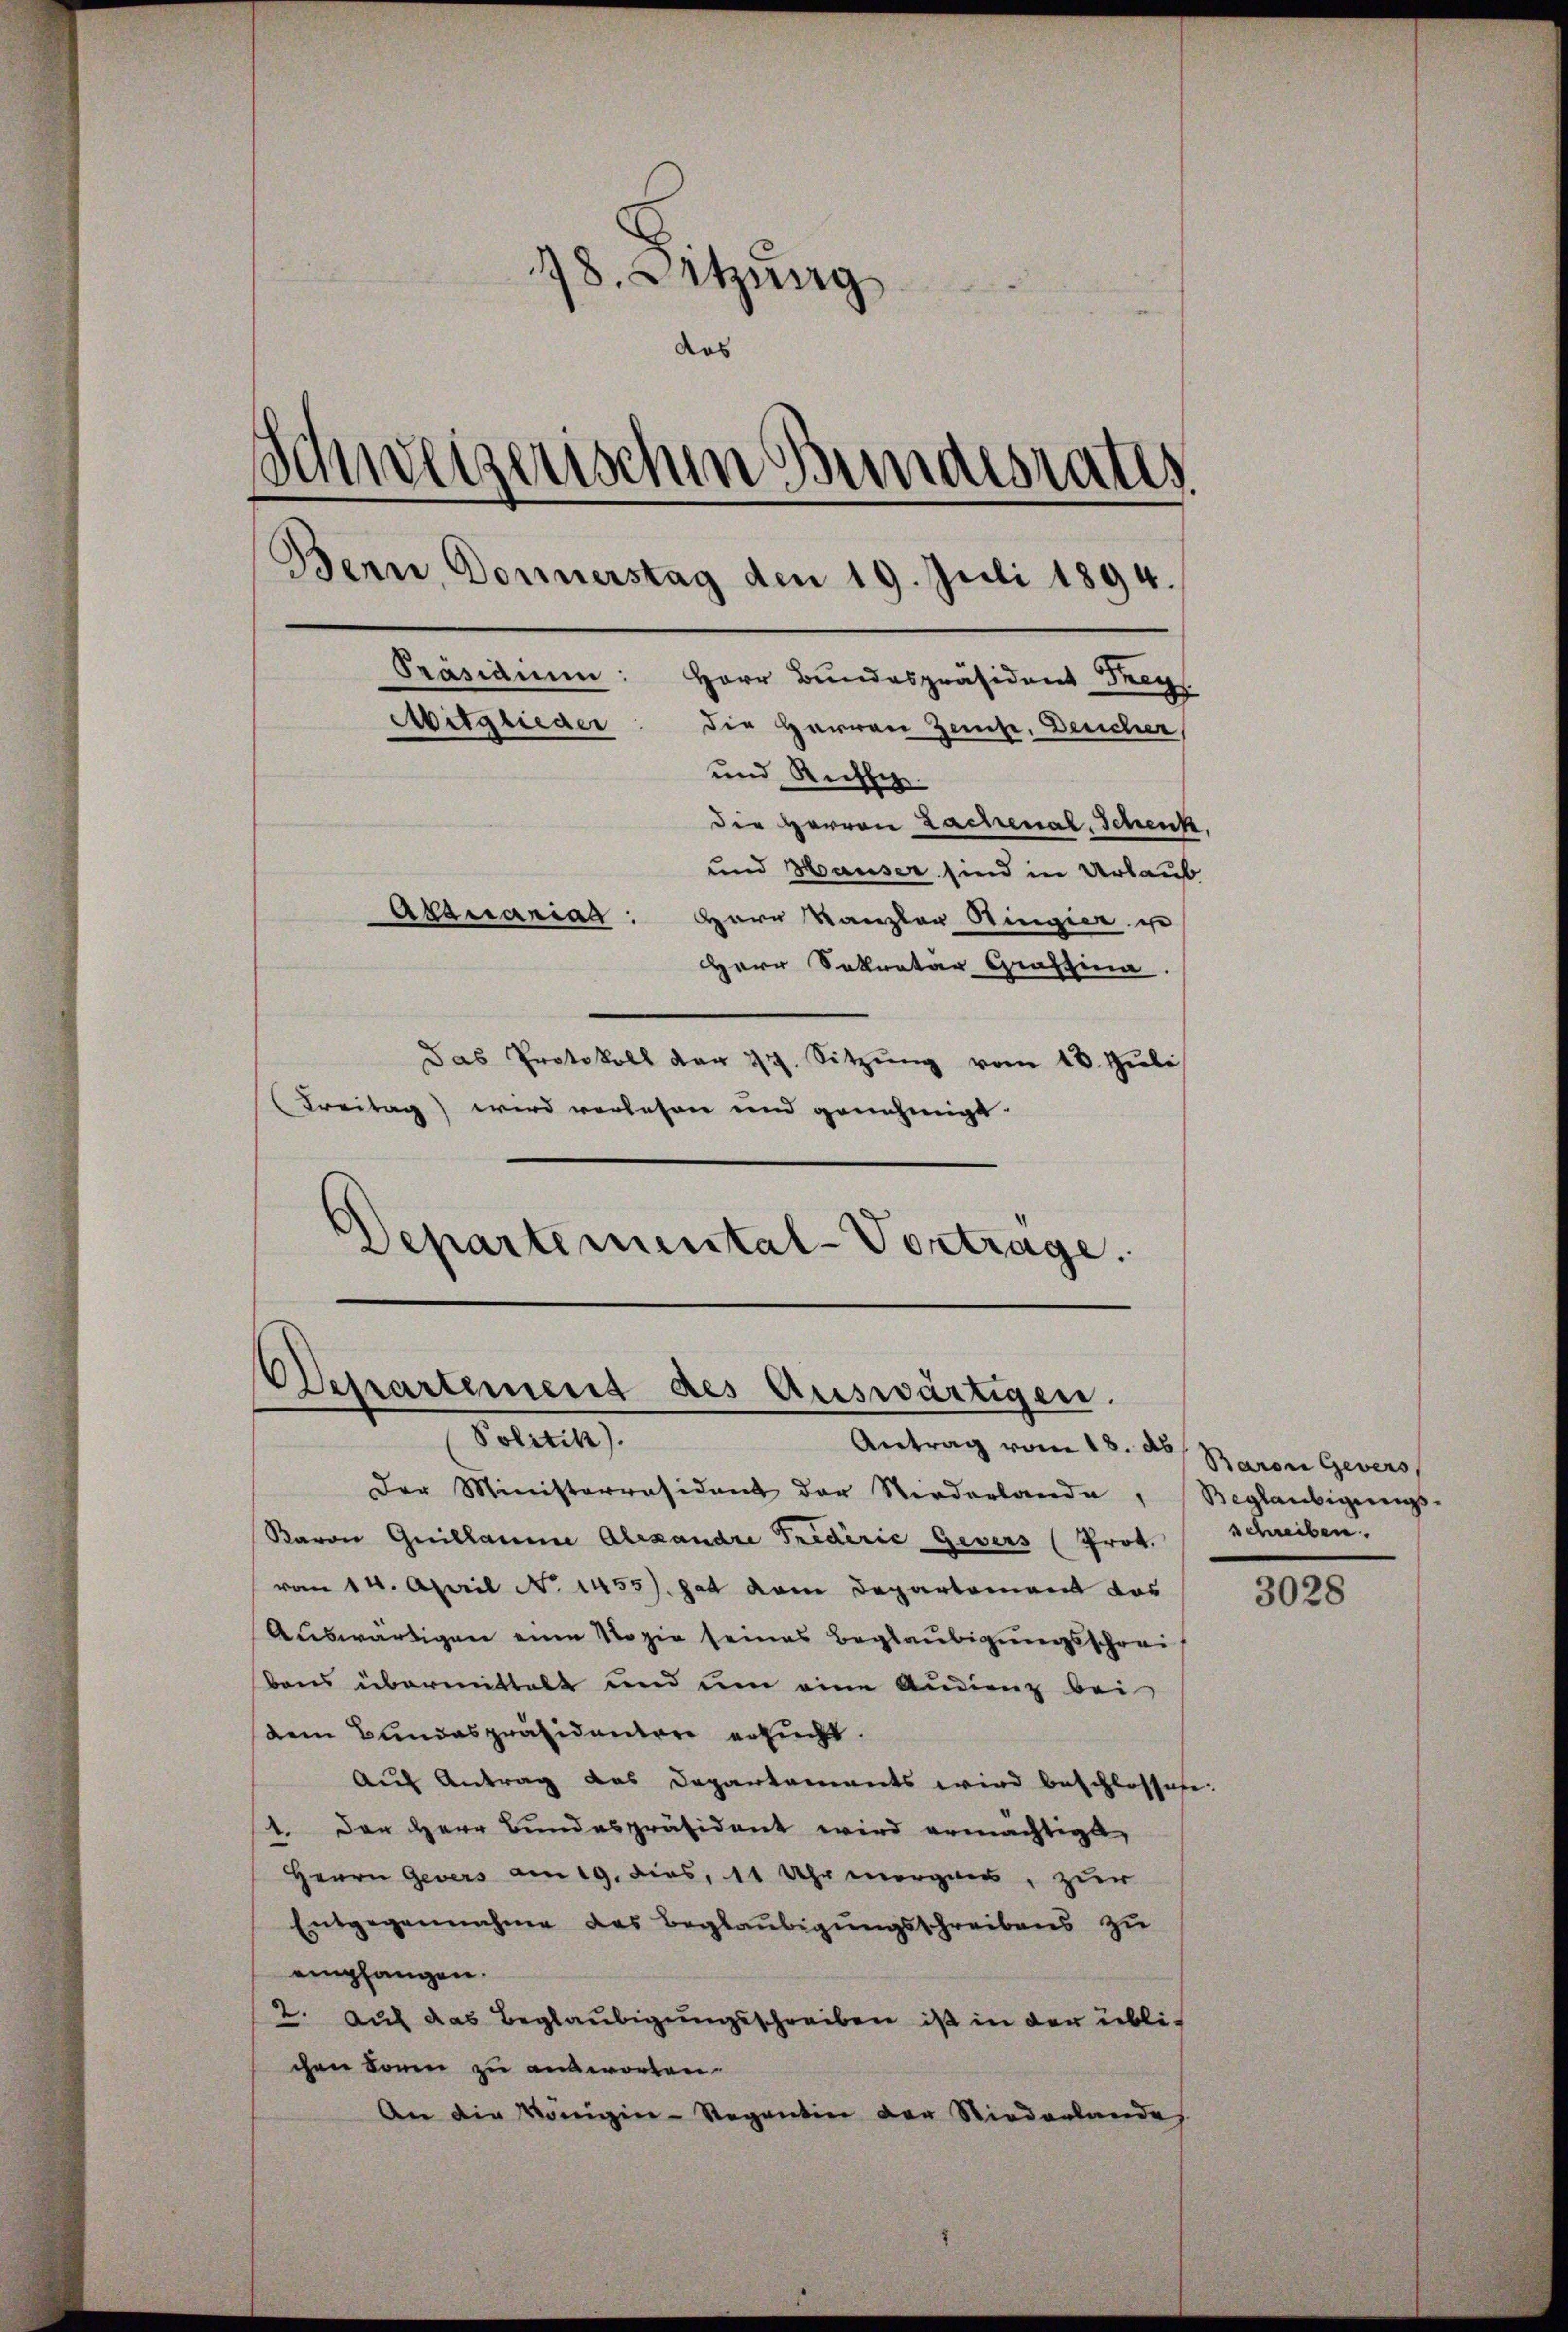
18. Sitzung
dos
s
Schweizerischen Bundesrates
.
Bern, Donnerstag den 19. Juli 1894.
Präsidium: Herr Bundespräsident Frey
Mitglieder: die Herren Zeise, Deucher,
und Richtig.
Die Herren Lachenal, Schenk.
und Hauser sind in Urlaub
Abanariaa: Herr Kanzler Ringier u
Herr Sekretar Grastina.

Das Protokoll dar 27. Sitzŭng vom 18. Jŭli
Freitag) wird vorlesen und genehmigt.
Departemental-Vortrage.

Derartement des Auswärtigen.
Politik).

Antrag vom 18. d. Baron Gevers
Der Ministerrasidant der Niederlande, Beglaubigungs-
Raron Guillaume Alexandre Fredérić Gevers (Prof. Schreiben.
vom 14. April N. 1455). Hat dem Departement das
Auswärtigen eine Vogie seines Beglaubigungsschreibens übermittelt und um eine Audienz bei
dem Bundespräsidentere ersucht.
Auf Antrag das Departaments wird beschlossese.
1. Der Herr Bundespräsident wird ermächtigt,
Herrn Gevers am 19. dies, 11 Uhr morgen, zur
Entgegennahme des Beglaubigungsschreibens zu
empfangen.
2. Auf das Beglaubigungsschreiben ist in der üblichen Boren zu ausworten.
An die Königin-Regentin der Niederlande

3028